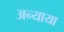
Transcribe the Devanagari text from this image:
अन्याया